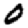
Digit: 0